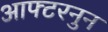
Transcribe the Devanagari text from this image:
आफ्टरनुन